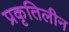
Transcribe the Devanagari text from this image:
प्रकृतिलीन